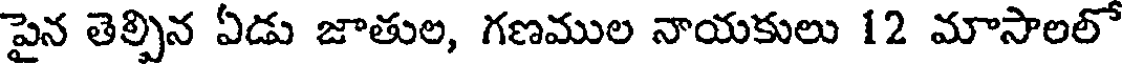
పైన తెల్పిన ఏడు జాతుల, గణముల నాయకులు 12 మాసాలలో